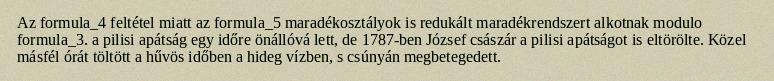
Az formula_4 feltétel miatt az formula_5 maradékosztályok is redukált maradékrendszert alkotnak modulo formula_3. a pilisi apátság egy időre önállóvá lett, de 1787-ben József császár a pilisi apátságot is eltörölte. Közel másfél órát töltött a hűvös időben a hideg vízben, s csúnyán megbetegedett.